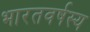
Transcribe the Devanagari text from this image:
भारतवर्षस्य